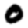
Digit: 0